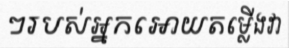
ៗរបស់អ្នកអោយតម្លើងវា